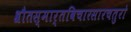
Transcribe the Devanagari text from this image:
श्रौतस्मार्तविचारसारचतुरो